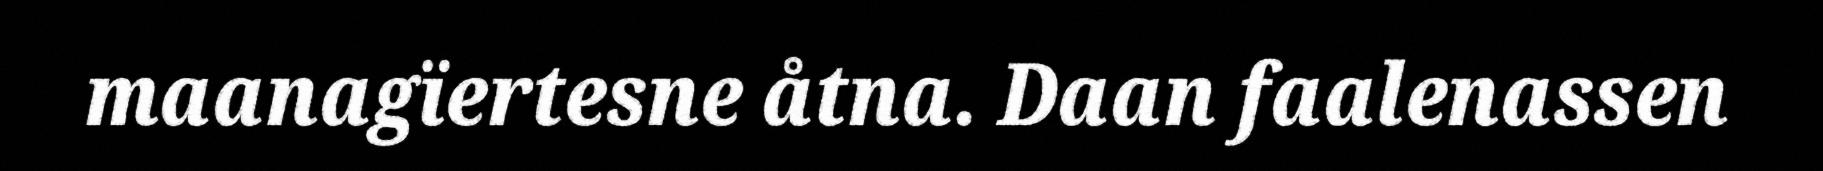
maanagïertesne åtna. Daan faalenassen